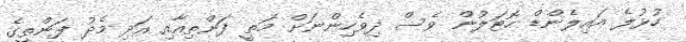
ހުޅުލެ އައިލެންޑް ހޮޓަލުން ވެސް ދިވެހިންނަށް މަތީ ފަންތިއާއި އަދި މެދު ފަންތީގެ